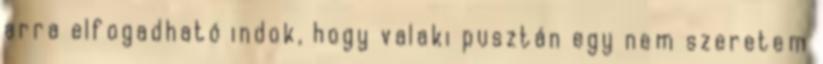
arra elfogadható indok, hogy valaki pusztán egy nem szeretem